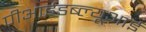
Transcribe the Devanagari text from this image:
पीआईडब्ल्यूआई